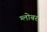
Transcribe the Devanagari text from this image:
ग्लोबर